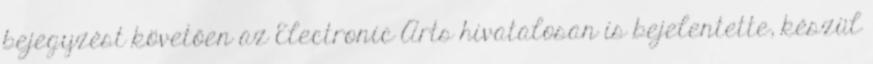
bejegyzést követően az Electronic Arts hivatalosan is bejelentette, készül